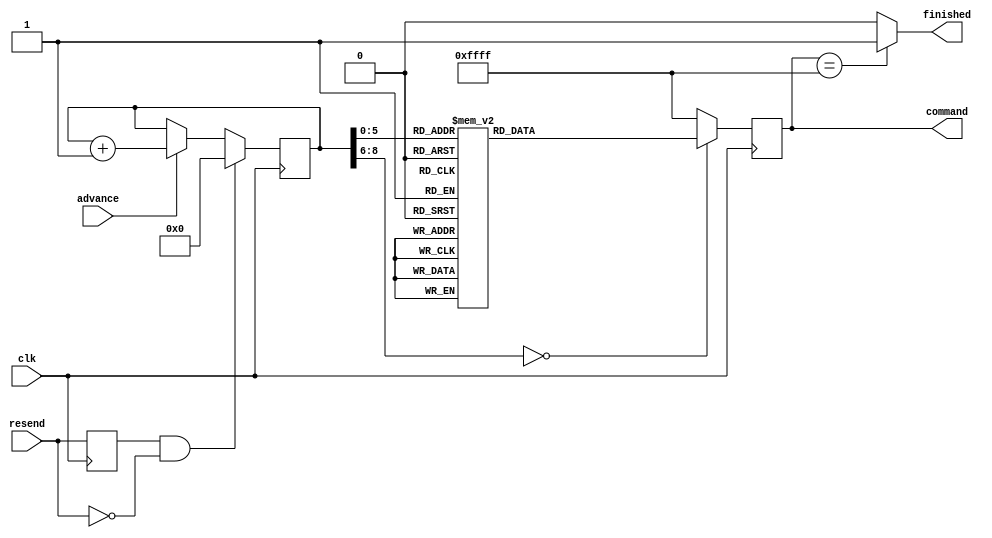
// VHDL code: http://hamsterworks.co.nz/mediawiki/index.php/OV7670_camera
//
// Description: Register settings for the OV7670 Caamera (partially from OV7670.c
//              in the Linux Kernel
//
module ov7670_registers(
    input   clk,      //: in  STD_LOGIC;
    input   resend,   //: in  STD_LOGIC;
    input   advance,  //: in  STD_LOGIC;
    output [15:0] command, //: out  std_logic_vector(15 downto 0);
    output  finished //: out  STD_LOGIC
);

reg [15:0] sreg;    //  : std_logic_vector(15 downto 0);
reg [8:0] address = 'h0;    //: std_logic_vector(7 downto 0) := (others => '0');

reg r_resend_old = 0;

always@(posedge clk) begin
    r_resend_old <= resend;
end


always@(posedge clk) begin
    if (r_resend_old == 1 && resend == 0 ) begin 
        address <= 'h0;
    end
    else if (advance == 1) begin
        address <= address + 1;
    end

        case (address)
// // new settings
//             	8'h00 : sreg <= 16'h1280; // COM7   Reset
// 				8'h01 : sreg <= 16'h1280; // COM7   Reset
                
// 				8'h02 : sreg <= 16'h1204; // COM7   Size & RGB output
// 				8'h03 : sreg <= 16'h1100; // CLKRC  Prescaler - Fin/(1+1)
// 				8'h04 : sreg <= 16'h0C00; // COM3   Lots of stuff, enable scaling, all others off
// 				8'h05 : sreg <= 16'h3E00; // COM14  PCLK scaling off
				
//    			    8'h06 : sreg <= 16'h8C00; // RGB444 Set RGB format
//    			    8'h07 : sreg <= 16'h0400; // COM1   no CCIR601
//  				8'h08 : sreg <= 16'h4010; // COM15  Full 0-255 output, RGB 565
// 				8'h09 : sreg <= 16'h3a04; // TSLB   Set UV ordering,  do not auto-reset window
// 				8'h0A : sreg <= 16'h1438; // COM9  - AGC Celling
// 				8'h0B : sreg <= 16'h4fb3; // MTX1  - colour conversion matrix
// 				8'h0C : sreg <= 16'h50b3; // MTX2  - colour conversion matrix
// 				8'h0D : sreg <= 16'h5100; // MTX3  - colour conversion matrix
// 				8'h0E : sreg <= 16'h523d; // MTX4  - colour conversion matrix
// 				8'h0F : sreg <= 16'h53a7; // MTX5  - colour conversion matrix
// 				8'h10 : sreg <= 16'h54e4; // MTX6  - colour conversion matrix
// 				8'h11 : sreg <= 16'h589e; // MTXS  - Matrix sign and auto contrast
// 				8'h12 : sreg <= 16'h3dc0; // COM13 - Turn on GAMMA and UV Auto adjust
// 				8'h13 : sreg <= 16'h1100; // CLKRC  Prescaler - Fin/(1+1)
				
// 				8'h14 : sreg <= 16'h1713; // HSTART HREF start (high 8 bits)
// 				8'h15 : sreg <= 16'h1801; // HSTOP  HREF stop (high 8 bits)
// 				8'h16 : sreg <= 16'h32b6; // HREF   Edge offset and low 3 bits of HSTART and HSTOP
				
// 				8'h17 : sreg <= 16'h1902; // VSTART VSYNC start (high 8 bits)
// 				8'h18 : sreg <= 16'h1A7a; // VSTOP  VSYNC stop (high 8 bits) 
// 				8'h19 : sreg <= 16'h030a; // VREF   VSYNC low two bits
         
//             8'h1A : sreg <= 16'h0e61; // COM5(0x0E) 0x61
//             8'h1B : sreg <= 16'h0f4b; // COM6(0x0F) 0x4B 
            
//             8'h1C : sreg <= 16'h1602; //
//             8'h1D : sreg <= 16'h1e37; // MVFP (0x1E) 0x07  -- FLIP AND MIRROR IMAGE 0x3x

//             8'h1E : sreg <= 16'h2102;
//             8'h1F : sreg <= 16'h2291;
            
//             8'h20 : sreg <= 16'h2907;
//             8'h21 : sreg <= 16'h330b;
                                  
//             8'h22 : sreg <= 16'h350b;
//             8'h23 : sreg <= 16'h371d;
                                  
//             8'h24 : sreg <= 16'h3871;
//             8'h25 : sreg <= 16'h392a;
                                   
//             8'h26 : sreg <= 16'h3c78; // COM12 (0x3C) 0x78
//             8'h27 : sreg <= 16'h4d40; 
                                  
//             8'h28 : sreg <= 16'h4e20;
//             8'h29 : sreg <= 16'h6900; // GFIX (0x69) 0x00
                                   
//             8'h2A : sreg <= 16'h6b4a;
//             8'h2B : sreg <= 16'h7410;
                                  
//             8'h2C : sreg <= 16'h8d4f;
//             8'h2D : sreg <= 16'h8e00;
                                   
//             8'h2E : sreg <= 16'h8f00;
//             8'h2F : sreg <= 16'h9000;
                                  
//             8'h30 : sreg <= 16'h9100;
//             8'h31 : sreg <= 16'h9600;
                                  
//             8'h32 : sreg <= 16'h9a00;
//             8'h33 : sreg <= 16'hb084;
                                  
//             8'h34 : sreg <= 16'hb10c;
//             8'h35 : sreg <= 16'hb20e;
                                  
//             8'h36 : sreg <= 16'hb382;
//             8'h37 : sreg <= 16'hb80a;
//             // settings added by me
//             8'h38 : sreg <= 16'h13e7; // enable AWB                 from sw aplication notes
//             8'h39 : sreg <= 16'h6f9f; // Simple White Balance       from sw aplication notes
            
//             8'h40 : sreg <= 16'h411A; // De-noise auto-adjustment +  AWB gain enable + Color matrix coefficient double option 0: Original matrix
//             8'h41 : sreg <= 16'h7700; // Register 77  Bit[7:0]:Offset, de-noise range control

// // old settings

            8'd00 :  sreg <= 16'h1280;  // COM7   Reset
            8'd01 :  sreg <= 16'h1280;  // COM7   Reset
            8'd02 :  sreg <= 16'h1204;  // COM7   Size & RGB output
            8'd03 :  sreg <= 16'h1100;  // CLKRC  Prescaler - Fin/(1+1)
            8'd04 :  sreg <= 16'h0C00;  // COM3   Lots of stuff, enable scaling, all others off
            8'd05 :  sreg <= 16'h3E00;  // COM14  PCLK scaling off
            
            8'd06 :  sreg <= 16'h8C00;  // RGB444 Set RGB format
            8'd07 :  sreg <= 16'h0400;  // COM1   no CCIR601
            8'd08 :  sreg <= 16'h4010;  // COM15  Full 0-255 output, RGB 565
            8'd09 :  sreg <= 16'h3a04;  // TSLB   Set UV ordering,  do not auto-reset window
            8'd10 :  sreg <= 16'h1438;  // COM9  - AGC Celling
            	8'd11 : sreg <= 16'h4fb3; // MTX1  - colour conversion matrix
				8'd12 : sreg <= 16'h50b3; // MTX2  - colour conversion matrix
				8'd13 : sreg <= 16'h5100; // MTX3  - colour conversion matrix
				8'd14 : sreg <= 16'h523d; // MTX4  - colour conversion matrix
				8'd15 : sreg <= 16'h53a7; // MTX5  - colour conversion matrix
				8'd16 : sreg <= 16'h54e4; // MTX6  - colour conversion matrix

            8'd17 :  sreg <= 16'h581e;  // 16'h589e;  // MTXS  - Matrix sign and auto contrast
            8'd18 :  sreg <= 16'h3dc0;  // COM13 - Turn on GAMMA and UV Auto adjust
            
            8'd19 :  sreg <= 16'h1713;  // HSTART HREF start (high 8 bits)
            8'd20 :  sreg <= 16'h1801;  // HSTOP  HREF stop (high 8 bits)
            8'd21 :  sreg <= 16'h32b6;  // HREF   Edge offset and low 3 bits of HSTART and HSTOP
            
            8'd22 :  sreg <= 16'h1902;  // VSTART VSYNC start (high 8 bits)
            8'd23 :  sreg <= 16'h1A7a;  // VSTOP  VSYNC stop (high 8 bits) 
            8'd24 :  sreg <= 16'h030a;  // VREF   VSYNC low two bits
 //
            // 8'd26 :  sreg <= 16'h0e61;  // COM5(0x0E) 0x61
            // 8'd27 :  sreg <= 16'h0f4b;  // COM6(0x0F) 0x4B 
            
            // 8'd28 :  sreg <= 16'h1602;  // 
            // 8'd29 :  sreg <= 16'h1e37;  // MVFP (0x1E) 0x07  // FLIP AND MIRROR IMAGE 0x3x

            // 8'd30 :  sreg <= 16'h2102;  
            // 8'd31 :  sreg <= 16'h2291;  
            
            // 8'd32 :  sreg <= 16'h2907;  
            // 8'd33 :  sreg <= 16'h330b;  
                                  
            // 8'd34 :  sreg <= 16'h350b;  
            // 8'd35 :  sreg <= 16'h371d;  
                                  
            // 8'd36 :  sreg <= 16'h3871;  
            // 8'd37 :  sreg <= 16'h392a; 
            // 8'd26 :  sreg <= 16'h3c78;
          
//

            // 8'd38 :  sreg <= 16'h3c78;  // COM12 (0x3C) 0x78
            // 8'd39 :  sreg <= 16'h4d40;  
                                  
            // 8'd40 :  sreg <= 16'h4e20;  
            // 8'd41 :  sreg <= 16'h6900;  // GFIX (0x69) 0x00
                                   
            // 8'd42 :  sreg <= 16'h6b4a;  
            // 8'd43 :  sreg <= 16'h7410;  
                                  
            // 8'd44 :  sreg <= 16'h8d4f;  
            // 8'd45 :  sreg <= 16'h8e00;  
                                   
            // 8'd26 :  sreg <= 16'h8f00;  
            // 8'd27 :  sreg <= 16'h9000;  
 //                                 
            8'd25 :  sreg <= 16'h9100;  
            8'd26 :  sreg <= 16'h9600;  
                                  
            8'd27 :  sreg <= 16'h9a00;  
            8'd28 :  sreg <= 16'hb084;  
                                  
            8'd29 :  sreg <= 16'hb10c;  
            8'd30 :  sreg <= 16'hb20e;  
                                  
            8'd31 :  sreg <= 16'hb382;  
            8'd32 :  sreg <= 16'hb80a;  
 

// setings form fpga4students
//             	8'd00 : sreg <= 16'h1280; // COM7   Reset
// 				8'd01 : sreg <= 16'h1280; // COM7   Reset
                
// 				8'd02 : sreg <= 16'h1206; // COM7   Size & RGB output
// // 				8'd03 : sreg <= 16'h1100; // CLKRC  Prescaler - Fin/(1+1)
// // 				8'd04 : sreg <= 16'h0C00; // COM3   Lots of stuff, enable scaling, all others off
// // 				8'h05 : sreg <= 16'h3E00; // COM14  PCLK scaling off
				
//    			    8'd06 : sreg <= 16'h8C00; // RGB444 Set RGB format
// //    			    8'd07 : sreg <= 16'h0400; // COM1   no CCIR601
// //  				8'd08 : sreg <= 16'h4010; // COM15  Full 0-255 output, RGB 565
// // 				8'd09 : sreg <= 16'h3a04; // TSLB   Set UV ordering,  do not auto-reset window
// // 				8'd10 : sreg <= 16'h1438; // COM9  - AGC Celling
// // 				// 8'h0B : sreg <= 16'h4fb3; // MTX1  - colour conversion matrix
// // 				// 8'h0C : sreg <= 16'h50b3; // MTX2  - colour conversion matrix
// // 				// 8'd11 : sreg <= 16'h5100; // MTX3  - colour conversion matrix
// // 				// 8'd11 : sreg <= 16'h523d; // MTX4  - colour conversion matrix
// // 				// 8'h0F : sreg <= 16'h53a7; // MTX5  - colour conversion matrix
// // 				// 8'h10 : sreg <= 16'h54e4; // MTX6  - colour conversion matrix
// // 				// 8'd11 : sreg <= 16'h589e; // MTXS  - Matrix sign and auto contrast
// // 				8'd11 : sreg <= 16'h3dc0; // COM13 - Turn on GAMMA and UV Auto adjust
// // 				8'd12 : sreg <= 16'h1100; // CLKRC  Prescaler - Fin/(1+1)
				
// 				8'd13 : sreg <= 16'h1713; // HSTART HREF start (high 8 bits)
// 				8'd14 : sreg <= 16'h1801; // HSTOP  HREF stop (high 8 bits)
// 				8'd15 : sreg <= 16'h32b6; // HREF   Edge offset and low 3 bits of HSTART and HSTOP
				
// 				8'd16 : sreg <= 16'h1902; // VSTART VSYNC start (high 8 bits)
// 				8'd17 : sreg <= 16'h1A7a; // VSTOP  VSYNC stop (high 8 bits) 
// 				8'd18 : sreg <= 16'h030a; // VREF   VSYNC low two bits
         
//             // 8'h1A : sreg <= 16'h0e61; // COM5(0x0E) 0x61
//             // 8'h1B : sreg <= 16'h0f4b; // COM6(0x0F) 0x4B 
            
//             // 8'h1C : sreg <= 16'h1602; //
//             // 8'h1D : sreg <= 16'h1e37; // MVFP (0x1E) 0x07  // FLIP AND MIRROR IMAGE 0x3x

//             // 8'h1E : sreg <= 16'h2102;
//             // 8'h1F : sreg <= 16'h2291;
            
//             // 8'h20 : sreg <= 16'h2907;
//             // 8'h21 : sreg <= 16'h330b;
                                  
//             // 8'h22 : sreg <= 16'h350b;
//             // 8'h23 : sreg <= 16'h371d;
                                  
//             // 8'h24 : sreg <= 16'h3871;
//             // 8'h25 : sreg <= 16'h392a;
                                   
//             // 8'h26 : sreg <= 16'h3c78; // COM12 (0x3C) 0x78
//             // 8'h27 : sreg <= 16'h4d40; 
                                  
//             // 8'h28 : sreg <= 16'h4e20;
//             // 8'h29 : sreg <= 16'h6900; // GFIX (0x69) 0x00
                                   
//             // 8'h2A : sreg <= 16'h6b4a;
//             // 8'h2B : sreg <= 16'h7410;
                                  
//             // 8'h2C : sreg <= 16'h8d4f;
//             // 8'h2D : sreg <= 16'h8e00;
                                   
//             // 8'h2E : sreg <= 16'h8f00;
//             // 8'h2F : sreg <= 16'h9000;
                                  
//             // 8'h30 : sreg <= 16'h9100;
//             // 8'h31 : sreg <= 16'h9600;
                                  
//             // 8'h32 : sreg <= 16'h9a00;
//             // 8'h33 : sreg <= 16'hb084;
                                  
//             // 8'h34 : sreg <= 16'hb10c;
//             // 8'h35 : sreg <= 16'hb20e;
                                  
//             // 8'h36 : sreg <= 16'hb382;
//             // 8'h37 : sreg <= 16'hb80a;
// // settings added by me
            // 8'd19 : sreg <= 16'h13e7; // enable AWB                 from sw aplication notes
            // 8'd20 : sreg <= 16'h6f9f; // Simple White Balance       from sw aplication notes
            
            // 8'd21 : sreg <= 16'h411A; // De-noise auto-adjustment +  AWB gain enable + Color matrix coefficient double option 0: Original matrix
            // 8'd22 : sreg <= 16'h7700; // Register 77  Bit[7:0]:Offset, de-noise range control

// // Saturation + 2
// // i2c_salve_Address = 0x42;
// // write_i2c(0x4f, 0xc0);
// // write_i2c(0x50, 0xc0);
// // write_i2c(0x51, 0x00);
// // write_i2c(0x52, 0x33);
// // write_i2c(0x53, 0x8d);
// // write_i2c(0x54, 0xc0);
// // write_i2c(0x58, 0x9e);

//                 8'd23 : sreg <= 16'h4fb3; // MTX1  - colour conversion matrix
// 				8'd24 : sreg <= 16'h50b3; // MTX2  - colour conversion matrix
// 				8'd25 : sreg <= 16'h5100; // MTX3  - colour conversion matrix
// 				8'd26 : sreg <= 16'h523d; // MTX4  - colour conversion matrix
// 				8'd27 : sreg <= 16'h53a7; // MTX5  - colour conversion matrix
// 				8'd28 : sreg <= 16'h54e4; // MTX6  - colour conversion matrix
// 				8'd29 : sreg <= 16'h589e; // MTXS  - Matrix sign and auto contrast

// // setings from : http://hamsterworks.co.nz/mediawiki/index.php/OV7670_camera
        //    8'h00 :  sreg <= 16'h1280;    //COM7   Reset
        //     8'h01 :  sreg <= 16'h1280;    //COM7   Reset
        //     8'h02 :  sreg <= 16'h1100;    //CLKRC  Prescaler - Fin/(1+1)
        //     8'h03 :  sreg <= 16'h1204;    //COM7   QIF + RGB output
        //     8'h04 :  sreg <= 16'h0C04;    //COM3  Lots of stuff, enable scaling, all others off
        //     8'h05 :  sreg <= 16'h3E19;    //COM14  PCLK scaling = 0
            
        //     8'h06 :  sreg <= 16'h4010;    //COM15  Full 0-255 output, RGB 565
        //     8'h07 :  sreg <= 16'h3a04;    //TSLB   Set UV ordering,  do not auto-reset window
        //     8'h08 :  sreg <= 16'h8C00;    //RGB444 Set RGB format
            
        //     8'h09 :  sreg <= 16'h1714;    //HSTART HREF start (high 8 bits)
        //     8'h0a :  sreg <= 16'h1802;    //HSTOP  HREF stop (high 8 bits)
        //     8'h0b :  sreg <= 16'h32A4;    //HREF   Edge offset and low 3 bits of HSTART and HSTOP
        //     8'h0c :  sreg <= 16'h1903;    //VSTART VSYNC start (high 8 bits)
        //     8'h0d :  sreg <= 16'h1A7b;    //VSTOP  VSYNC stop (high 8 bits) 
        //     8'h0e :  sreg <= 16'h030a;    //VREF   VSYNC low two bits
            
        //     8'h0f :  sreg <= 16'h703a;    //SCALING_XSC
        //     8'h10 :  sreg <= 16'h7135;    //SCALING_YSC
        //     8'h11 :  sreg <= 16'h7211;    //SCALING_DCWCTR
        //     8'h12 :  sreg <= 16'h73f1;    //SCALING_PCLK_DIV
        //     8'h13 :  sreg <= 16'ha202;    //SCALING_PCLK_DELAY  PCLK scaling = 4, must match COM14
            
               default : sreg <= 16'hffff;
        endcase;

end

assign command = sreg;
assign finished = (sreg == 16'hffff) ? 1'b1 : 1'b0;

endmodule